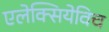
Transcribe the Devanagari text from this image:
एलेक्सियेविच